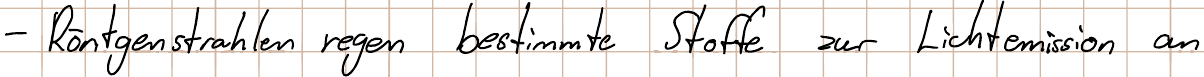
- Röntgenstrahlen regen bestimmte Stoffe zur Lichtemission an